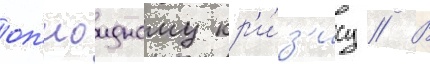
оп'иоидному кр'и́з'ису // В